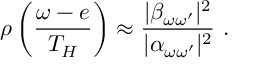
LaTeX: \rho \left( \frac { \omega - e } { T _ { H } } \right) \approx { \frac { | \beta _ { \omega \omega ^ { \prime } } | ^ { 2 } } { | \alpha _ { \omega \omega ^ { \prime } } | ^ { 2 } } } ~ .